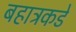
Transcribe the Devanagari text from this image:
बहाट्रकडे